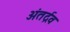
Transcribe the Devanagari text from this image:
अंतर्द्रव